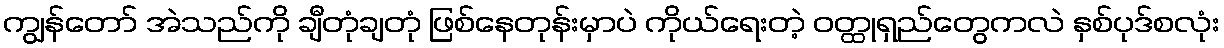
ကျွန်တော် အဲသည်ကို ချီတုံချတုံ ဖြစ်နေတုန်းမှာပဲ ကိုယ်ရေးတဲ့ ဝတ္ထုရှည်တွေကလဲ နှစ်ပုဒ်စလုံး